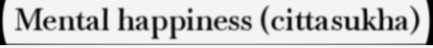
Mental happiness (cittasukha)